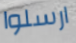
ارسلوا